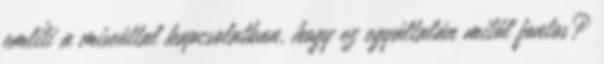
említi a miseúttal kapcsolatban, hogy ez egyáltalán mitől fontos?